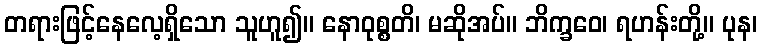
တရားဖြင့်နေလေ့ရှိသော သူဟူ၍။ နောဝုစ္စတိ၊ မဆိုအပ်။ ဘိက္ခဝေ၊ ရဟန်းတို့။ ပုန၊